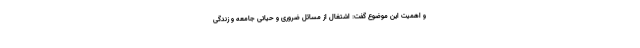
و اهمیت این موضوع گفت: اشتغال از مسائل ضروری و حیاتی جامعه و زندگی